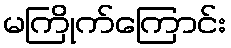
မကြိုက်ကြောင်း